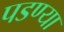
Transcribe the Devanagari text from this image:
पडण्या